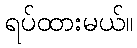
ရပ်ထားမယ်။